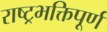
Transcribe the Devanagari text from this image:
राष्ट्रभक्तिपूर्ण